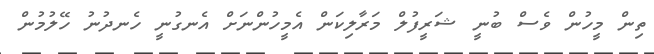
ތިން މީހުން ވެސް ބުނީ ޝަރީފުލް މަރާލިކަން އެމީހުންނަށް އެނގުނީ ހެނދުނު ހޭލުމުން